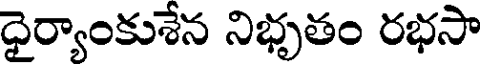
ధైర్యాంకుశేన నిభృతం రభసా